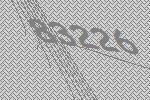
83226